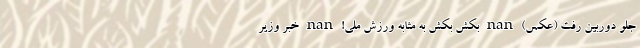
جلو دوربین رفت (عکس) nan بِکش بِکش به مثابه ورزش ملی! nan خبر وزیر